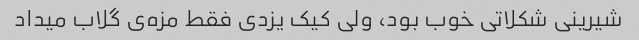
شیرینی شکلاتی خوب بود، ولی کیک یزدی فقط مزه‌ی گلاب میداد